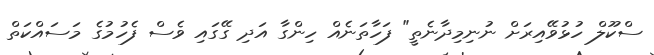
ސްކޫލް ހުޅުވޭއިރަށް ނުނިމިދާނެތީ" ފަހާތަނެއް ހިންގާ އަދި ގޭގައި ވެސް ފެހުމުގެ މަސައްކަތް